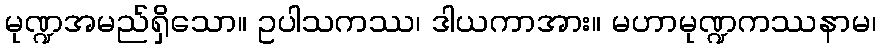
မုဏ္ဍအမည်ရှိသော။ ဥပါသကဿ၊ ဒါယကာအား။ မဟာမုဏ္ဍကဿနာမ၊